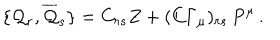
\{ { \cal { Q } } _ { r } , \overline { { { { \cal { Q } } } } } _ { s } \} = C _ { r s } { Z } + ( C \Gamma _ { \mu } ) _ { r s } \, P ^ { \mu } \, .